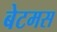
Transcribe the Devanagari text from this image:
बेटमस